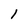
Character: 1